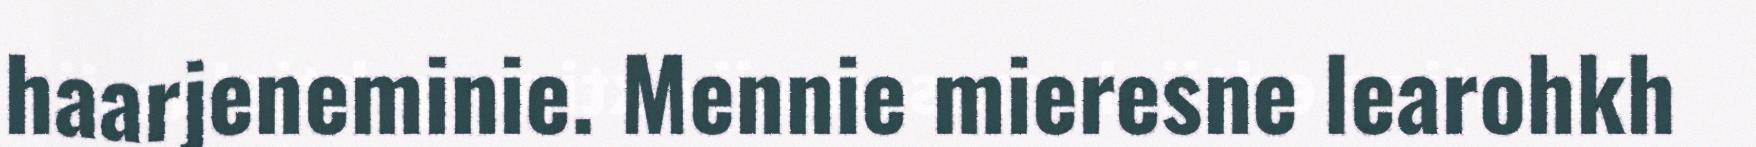
haarjeneminie. Mennie mieresne learohkh